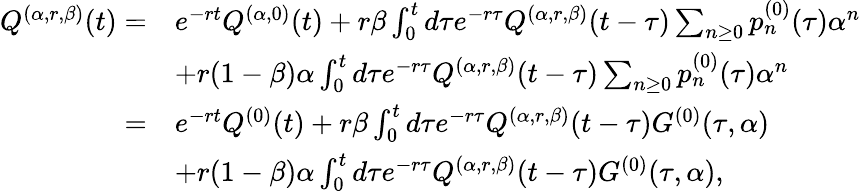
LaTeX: \begin{array}{rl}{Q^{(\alpha,r,\beta)}(t)=}&{e^{-rt}Q^{(\alpha,0)}(t)+r\beta\int_{0}^{t}d\tau e^{-r\tau}Q^{(\alpha,r,\beta)}(t-\tau)\sum_{n\geq 0}p_{n}^{(0)}(\tau)\alpha^{n}}\\ &{+r(1-\beta)\alpha\int_{0}^{t}d\tau e^{-r\tau}Q^{(\alpha,r,\beta)}(t-\tau)\sum_{n\geq 0}p_{n}^{(0)}(\tau)\alpha^{n}}\\ {=}&{e^{-rt}Q^{(0)}(t)+r\beta\int_{0}^{t}d\tau e^{-r\tau}Q^{(\alpha,r,\beta)}(t-\tau)G^{(0)}(\tau,\alpha)}\\ &{+r(1-\beta)\alpha\int_{0}^{t}d\tau e^{-r\tau}Q^{(\alpha,r,\beta)}(t-\tau)G^{(0)}(\tau,\alpha),}\end{array}